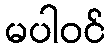
မပါဝင်